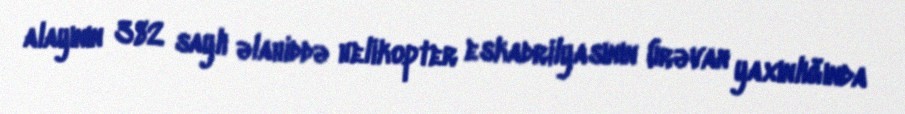
alayının 382 saylı əlahiddə helikopter eskadrilyasının (İrəvan yaxınlığında